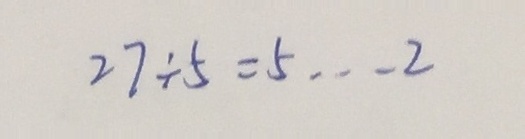
2 7 \div 5 = 5 \cdots 2